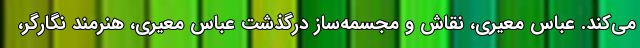
می‌کند. عباس معیری، نقاش و مجسمه‌ساز درگذشت عباس معیری، هنرمند نگارگر،